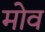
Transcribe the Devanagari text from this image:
मोव